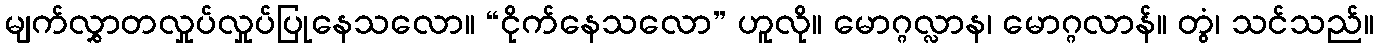
မျက်လွှာတလှုပ်လှုပ်ပြုနေသလော။ “ငိုက်နေသလော” ဟူလို။ မောဂ္ဂလ္လာန၊ မောဂ္ဂလာန်။ တွံ၊ သင်သည်။